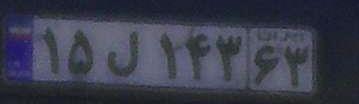
۱۵ل۱۴۳۶۳